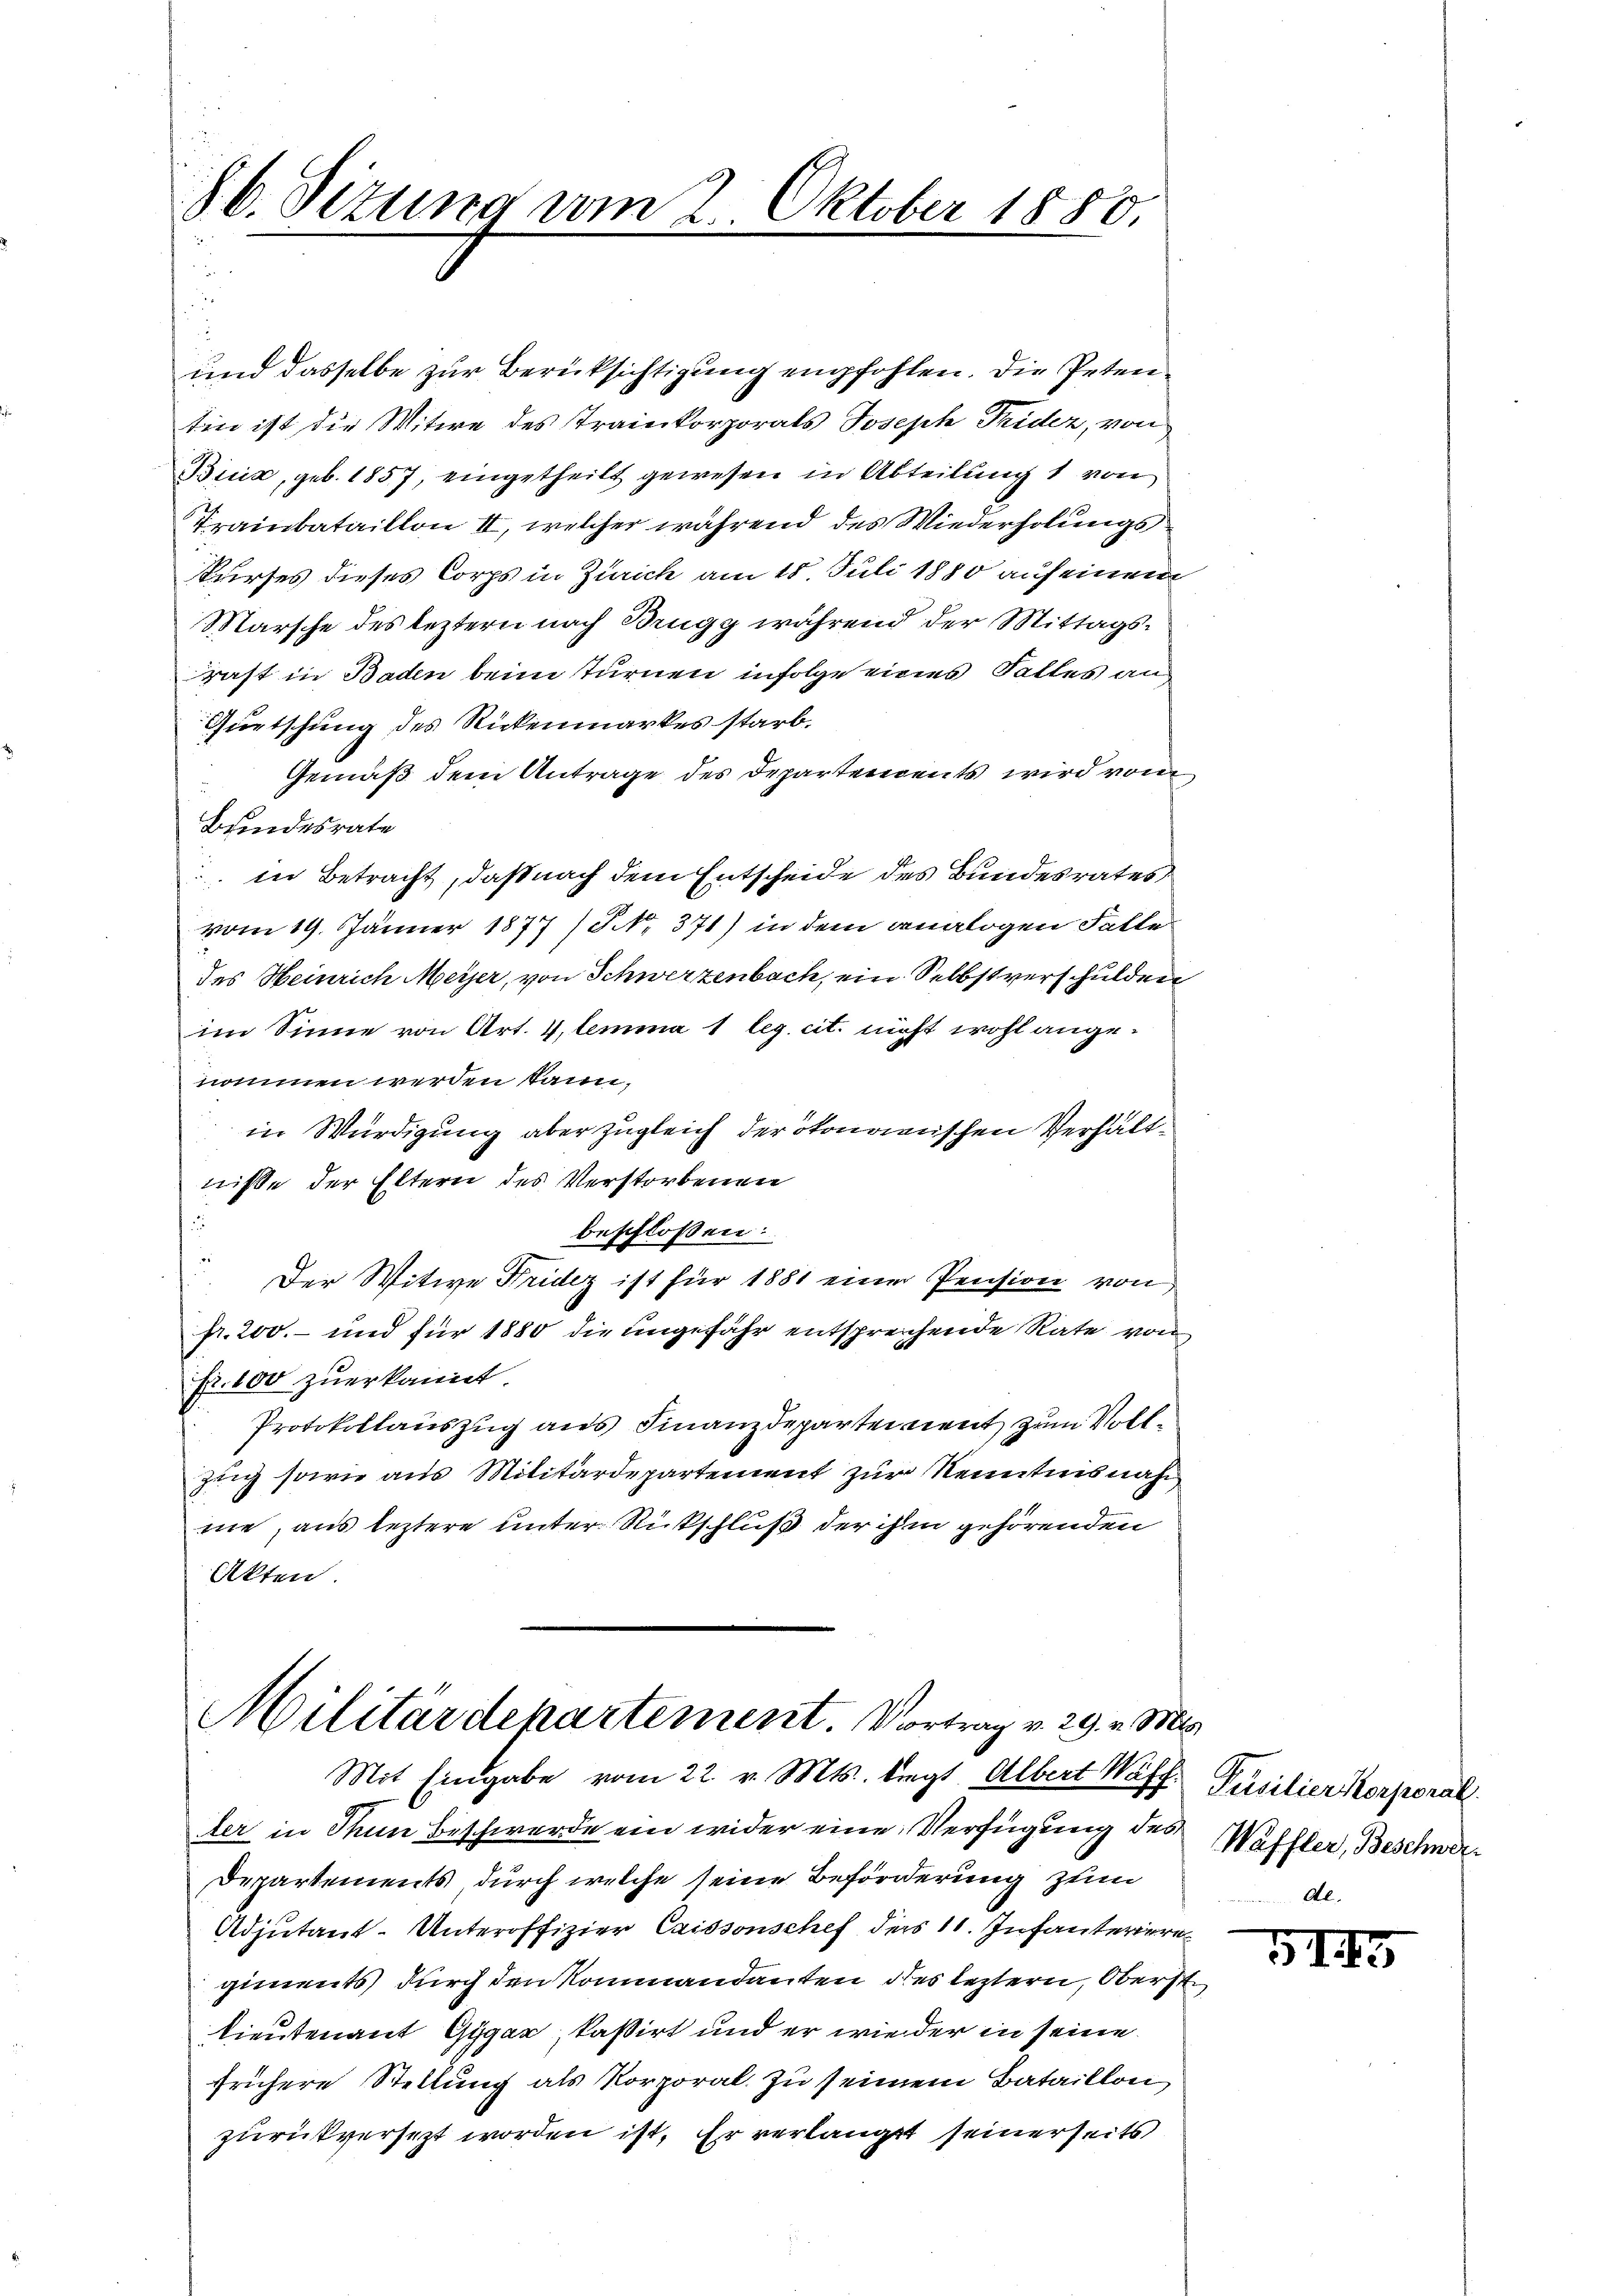
86. Sizung vom 2. Oktober 1880.

und dasselbe zur Berücksichtigung empfohlen. Die Petentin ist die Witwe des Trainkorporats Joseph Trider, von
Buria, geb. 1857, eingetheilt gewesen in Abteilung 1 von
Trainbataillon II, welcher während des Wiederholungs
Kurses dieses Corps in Zürich am 18. Juli 1880 auf einem
Marsche des leztern nach Brugg während der Mittagsrast in Baden beim Turnen infolge eines Falles an¬
Guetschung des Rickenmarkes starb.
Gemäß dem Antrage des Departements wird vom
Brindesrate
 in Betracht, daß nach dem Entscheide des Bundesrates,
vom 19. Jänner 1877/PNNo. 371) in dem analogen Falle
des Heinrich Meyer, von Schwerzenbach, ein Selbstverschulden
im Sinne von Art. 4, lemma 1 leg. cit. nicht wohl angenommen werden kann,
in Würdigung aber zugleich der ökonomischen Verhältnisse der Eltern des Verstorbenen

beschlossen:
Der Witwe Fridez ist für 1881 einer Pension von
fr. 200.- und für 1880 die ungefähr entsprechende Rate von
Fr. 100 zuerkannt.
Protokollauszug aus Finanzdeparten neut zum Vollzug sowie aus Militärdepartement zur Kenntnisnah
me, aus leztere unter Rückschluß der ihm gehörenden
Akten.

Militärdepartement. Vortrag v. 29. v. M.

Mit Eingabe vom 22. v. Mts. liegt. Albert Waff
ler in Thun Beschwerde ein wider eine Verfügung des Waffler, Beschwer¬
Departements durch welche seine Beförderung zum
Adjutant-Unteroffizier Caissenschef ders 11. Infanteriere
giments durch den Kommandanten des leztern, Oberst
tieutenant Gygar, kassirt und er wie der in seine
frühere Stellung als Korporal zu seinem Bataillon,
zurückversetzt worden ist. Er verlangt seinerseits

d
Füsilier Korporal
Al.

519